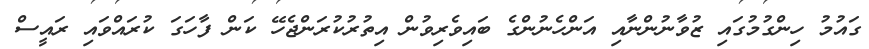
ގައުމު ހިންގުމުގައި ޒުވާނުންނާއި އަންހެނުންގެ ބައިވެރިވުން އިތުރުކުރަންޖެހޭ ކަން ފާހަގަ ކުރައްވައި ރައީސް